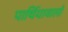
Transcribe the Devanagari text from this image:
पार्थियावालों